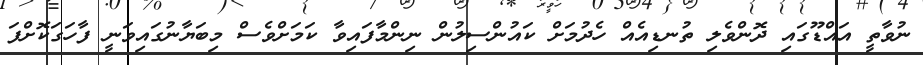
ނުވާތީ އައްޑޫގައި ދޮންވެލި ތުނޑިއެއް ހެދުމަށް ކައުންސިލުން ނިންމާފައިވާ ކަމަށްވެސް މިބަޔާނުގައިވަނީ ފާހަގަކޮށްފަ